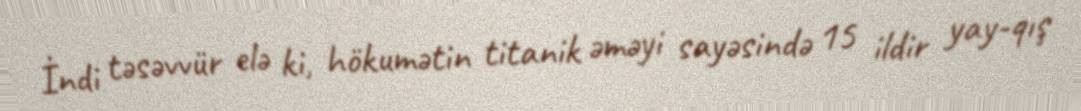
İndi təsəvvür elə ki, hökumətin titanik əməyi sayəsində 15 ildir yay-qış